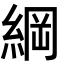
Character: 綱